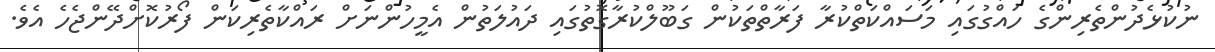
ނުކުޅެދުންތެރިންގެ ހައްގުގައި މަސައްކަތްކުރާ ފަރާތްތަކުން ގަބޫލްކުރާގޮތުގައި ދައުލަތުން އެމީހުންނަށް ރައްކާތެރިކަން ފޯރުކޮށްދޭންޖެހެ އެވެ.